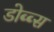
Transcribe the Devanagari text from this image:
डोब्ब्स